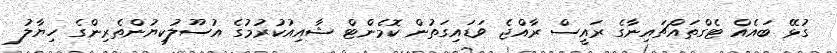
ގުޅޭ ބައެއް ޓެގްތައްޗައިނާގެ ރައީސް ރާއްޖެ ވަޑައިގަތުން ކޮމެންޓް ޝާއިއުކުރުމުގެ އުސޫލުކިޔުންތެރިންގެ ހިޔާލު